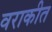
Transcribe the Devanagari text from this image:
वराकीत